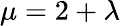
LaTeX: \mu=2+\lambda